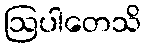
ဩပါတေသိ